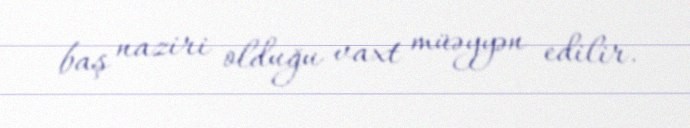
baş naziri olduğu vaxt müəyyən edilir.